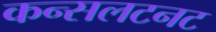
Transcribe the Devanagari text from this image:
कन्सलटनट